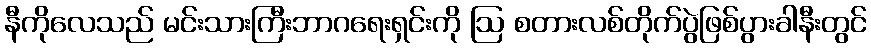
နီကိုလေသည် မင်းသားကြီးဘာဂရေးရှင်းကို ဩ စတားလစ်တိုက်ပွဲဖြစ်ပွားခါနီးတွင်